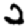
Digit: 2